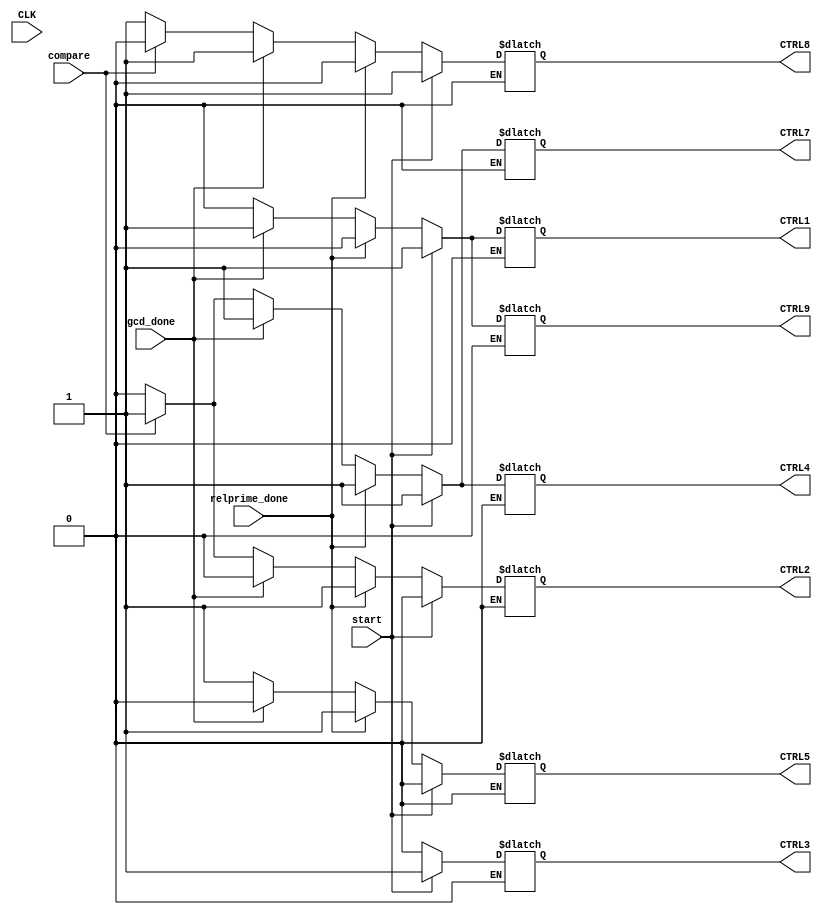
`timescale 1ns / 1ps

module control(
     input gcd_done,
	 input start,
	 input compare,
	 input CLK,
	 input relprime_done,
     output reg CTRL1,
	 output reg CTRL2,
	 output reg CTRL3,
	 output reg CTRL4,
	 output reg CTRL5,
	 output reg CTRL7,
	 output reg CTRL8,
	 output reg CTRL9);
	
	 always @(*)
		begin
			if (start == 1) // load input value
				begin
					CTRL1 = 1;
					CTRL2 = 0;
					CTRL3 = 1;
					CTRL4 = 1;
					CTRL5 = 0;
					CTRL7 = 1;
					CTRL8 = 1;
					CTRL9 = 1;
				end
			else if (relprime_done == 1) // keep subtracting, and never load the result
				begin
					CTRL1 = 0;
					CTRL2 = 1;
					CTRL3 = 0;
					CTRL4 = 1;
					CTRL5 = 1;
					CTRL7 = 1;
					CTRL8 = 0;
					CTRL9 = 0;
				end
			else if (gcd_done == 1) // load and save values into registers
				begin
					CTRL1 = 1;
					CTRL2 = 0;
					CTRL3 = 0;
					CTRL4 = 1;
					CTRL5 = 0;
					CTRL7 = 1;
					CTRL8 = 1;
					CTRL9 = 1;
				end
			else
				if ((compare == 1)) // choose a sub value to load
					begin
						CTRL1 = 0; // choose a0 = a0 - a1
						CTRL2 = 1;
						CTRL3 = 0;
						CTRL4 = 1;
						CTRL5 = 1;
						CTRL7 = 1;
						CTRL8 = 0;
						CTRL9 = 0;
					end
				else if ((compare == 0))
					begin
						CTRL1 = 0; // choose a1 = a1 - a0
						CTRL2 = 0;
						CTRL3 = 0;
						CTRL4 = 0;
						CTRL5 = 1;
						CTRL7 = 0;
						CTRL8 = 1;
						CTRL9 = 0;
					end
		end
endmodule